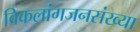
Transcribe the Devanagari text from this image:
विकलांगजनसंख्या